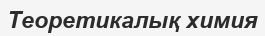
Теоретикалық химия